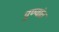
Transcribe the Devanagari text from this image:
पुण्यांत